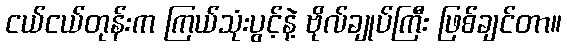
ငယ်ငယ်တုန်းက ကြယ်သုံးပွင့်နဲ့ ဗိုလ်ချုပ်ကြီး ဖြစ်ချင်တာ။